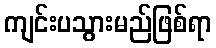
ကျင်းပသွားမည်ဖြစ်ရာ